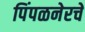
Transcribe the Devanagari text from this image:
पिंपळनेरचे